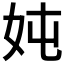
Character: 𮰹